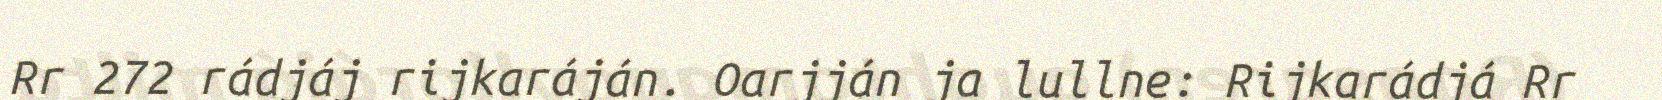
Rr 272 rádjáj rijkaráján. Oarjján ja lullne: Rijkarádjá Rr